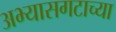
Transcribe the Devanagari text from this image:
अभ्यासगटाच्या